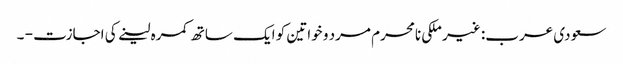
سعودی عرب: غیر ملکی نامحرم مرد و خواتین کو ایک ساتھ کمرہ لینے کی اجازت - ۔